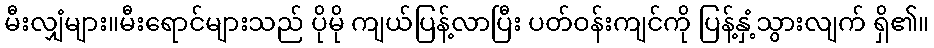
မီးလျှံများ။မီးရောင်များသည် ပိုမို ကျယ်ပြန့်လာပြီး ပတ်ဝန်းကျင်ကို ပြန့်နှံ့သွားလျက် ရှိ၏။